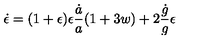
\dot { \epsilon } = ( 1 + \epsilon ) \epsilon { \frac { \dot { a } } { a } } { \left( 1 + 3 w \right) } + 2 { \frac { \dot { g } } { g } } \epsilon